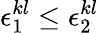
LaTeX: \epsilon_{1}^{kl}\le\epsilon_{2}^{kl}